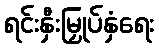
ရင်းနှီးမြှုပ်နှံရေး